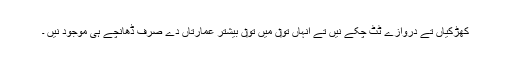
کھڑکیاں تے دروازے ٹُٹ چکے نيں تے انہاں تو‏ں ميں تو‏ں بیشتر عمارتاں دے صرف ڈھانچے ہی موجود نيں ۔